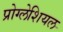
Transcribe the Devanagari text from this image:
प्रोग्लेशियल